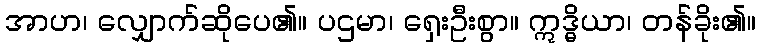
အာဟ၊ လျှောက်ဆိုပေ၏။ ပဌမာ၊ ရှေးဦးစွာ။ ဣဒ္ဓိယာ၊ တန်ခိုး၏။